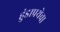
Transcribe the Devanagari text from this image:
हुंडाप्रथेचा